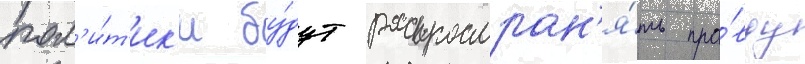
пол'и́т'ик'и бу́дут распростран'я́ть пра́вду